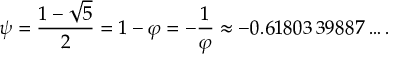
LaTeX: \psi = { \frac { 1 - { \sqrt { 5 } } } { 2 } } = 1 - \varphi = - { \frac { 1 } { \varphi } } \approx - 0 . 6 1 8 0 3 \, 3 9 8 8 7 \ldots .